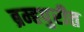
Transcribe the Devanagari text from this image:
ब्रम्हपुरीत